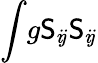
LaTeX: \int\! g\mathsf{S}_{i\! j}\mathsf{S}_{i\! j}